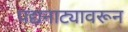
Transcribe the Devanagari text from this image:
पद्यनाट्यावरून